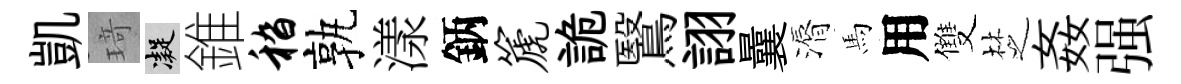
凱𤦺凝錐嵇孰漾鈵篪詭鷖詡曩漘馬用雙椘姦强